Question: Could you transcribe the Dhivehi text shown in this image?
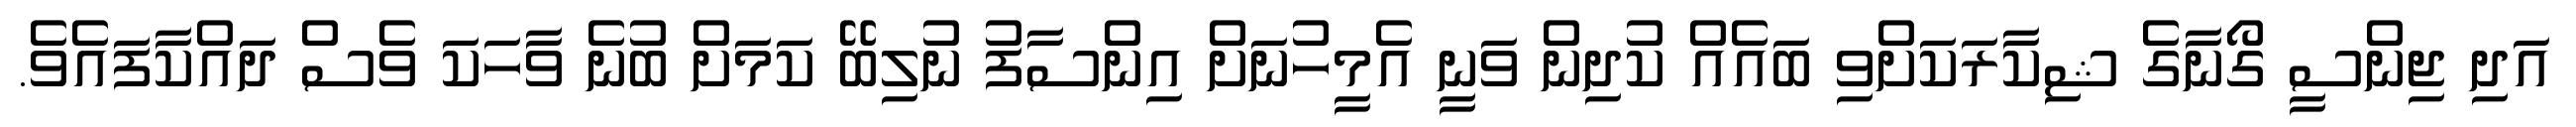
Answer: އަދި ޖިންސީ ގޯނާގެ ޝިކާރަކަށްވި ބައެއް ކުދިން ވަނީ އެމީހުނަށް އިންސާފު ނުލިބޭ ކަމަށް ބުނެ ވާހަކަ ވެސް ދައްކާފައެވެ.